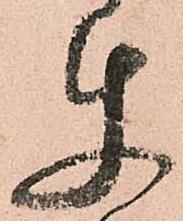
使